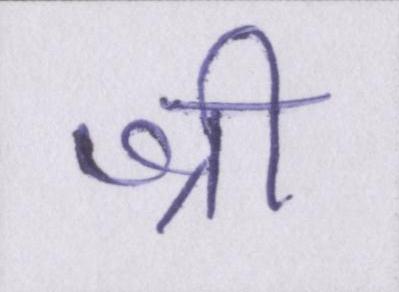
श्री